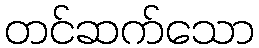
တင်ဆက်သော